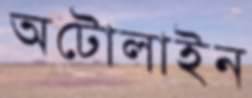
অটোলাইন